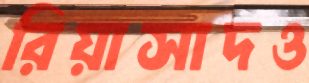
রিয়াসাদও